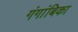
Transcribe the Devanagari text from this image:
गंगांबिका